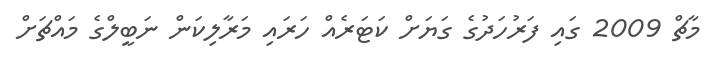
މާޗް 2009 ގައި ފަރުހަދުގެ ގަޔަށް ކަޓަރެއް ހަރައި މަރާލިކަން ނަބީލްގެ މައްޗަށް